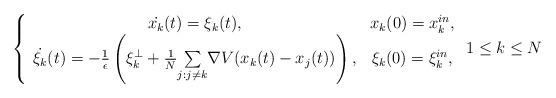
LaTeX: \begin{align*}\left\{ \begin{array}{cc}\dot{x_{k}}(t)=\xi_{k}(t), & x_{k}(0)=x_{k}^{in},\\\dot{\xi_{k}}(t)=-\frac{1}{\epsilon}\left(\xi_{k}^{\bot}+\frac{1}{N}\underset{j:j\neq k}{\sum}\nabla V(x_{k}(t)-x_{j}(t))\right), & \xi_{k}(0)=\xi_{k}^{in},\end{array}\right.1\leq k\leq N\end{align*}